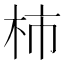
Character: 柿